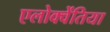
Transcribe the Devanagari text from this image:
एलोक्वेंतिया